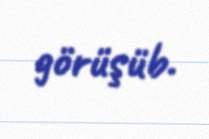
görüşüb.